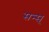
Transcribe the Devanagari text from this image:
सन्स्